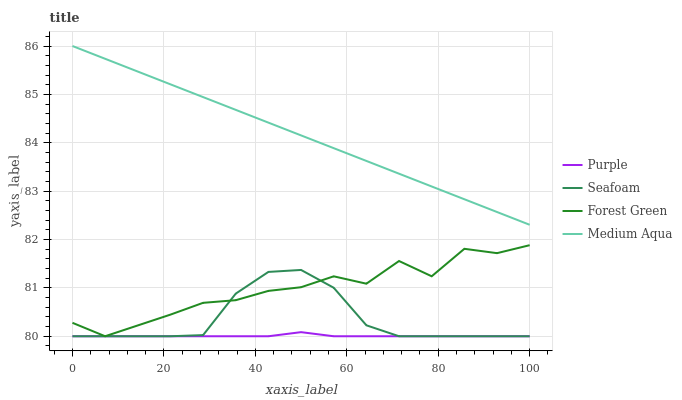
| xaxis_label | Purple | Seafoam | Forest Green | Medium Aqua |
 | --- | --- | --- | --- | --- |
 | 0 | 80 | 80 | 80.3 | 86 |
 | 7.14 | 80 | 80 | 80 | 85.7 |
 | 14.3 | 80 | 80 | 80.2 | 85.5 |
 | 21.4 | 80 | 80 | 80.4 | 85.2 |
 | 28.6 | 80 | 80 | 80.7 | 84.9 |
 | 35.7 | 80 | 80.9 | 80.7 | 84.7 |
 | 42.9 | 80 | 81.3 | 80.9 | 84.4 |
 | 50 | 80.1 | 81.4 | 81 | 84.2 |
 | 57.1 | 80 | 81 | 81.2 | 83.9 |
 | 64.3 | 80 | 80.2 | 81.1 | 83.6 |
 | 71.4 | 80 | 80 | 81.6 | 83.4 |
 | 78.6 | 80 | 80 | 81.2 | 83.1 |
 | 85.7 | 80 | 80 | 81.8 | 82.8 |
 | 92.9 | 80 | 80 | 81.7 | 82.6 |
 | 100 | 80 | 80 | 81.9 | 82.3 |